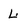
Character: L